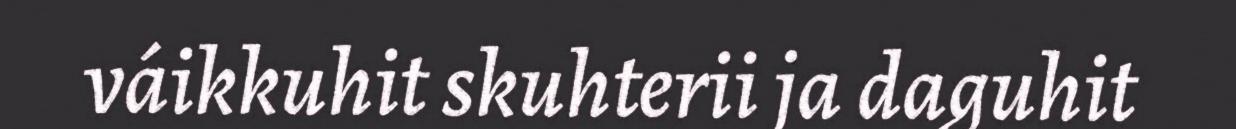
váikkuhit skuhterii ja daguhit